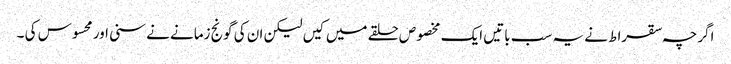
اگرچہ سقراط نے یہ سب باتیں ایک مخصوص حلقے میں کیں لیکن ان کی گونج زمانے نے سنی اور محسوس کی ۔